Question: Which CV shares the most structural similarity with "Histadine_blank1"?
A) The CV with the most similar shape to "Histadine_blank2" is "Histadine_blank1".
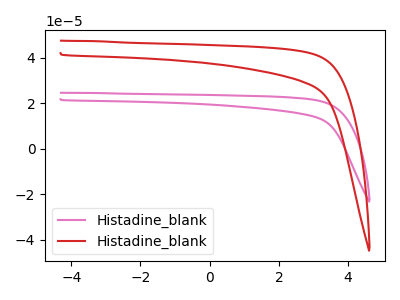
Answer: <think>The pink curve "Histadine_blank1" has no peaks. The red curve "Histadine_blank2" has no peaks.
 Neither "Histadine_blank1" or "Histadine_blank2" have any peaks.</think>
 <answer>A) The CV with the most similar shape to "Histadine_blank2" is "Histadine_blank1".</answer>
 <eval>A</eval>